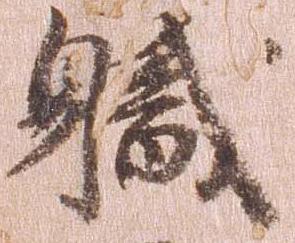
職